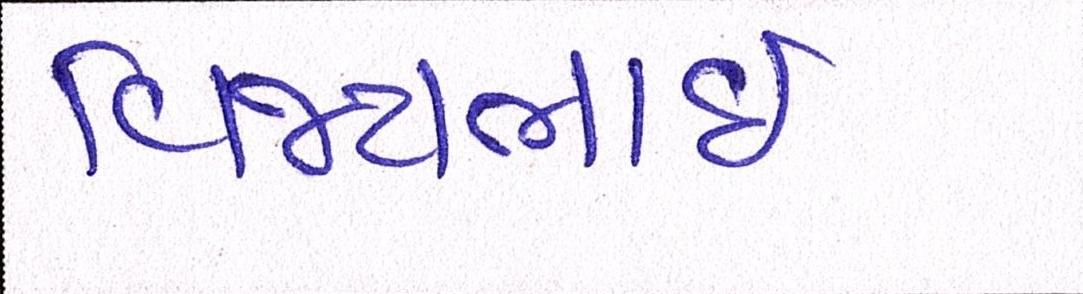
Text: વિજયભાઈ